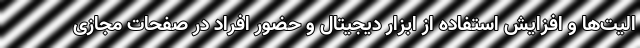
الیت‌ها و افزایش استفاده از ابزار دیجیتال و حضور افراد در صفحات مجازی